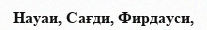
Науаи, Сағди, Фирдауси,